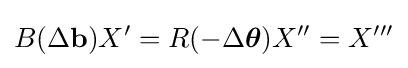
B(\Delta \mathbf {b} )X'=R(-\Delta {\boldsymbol {\theta }})X''=X'''